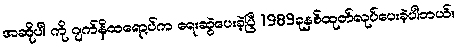
အဆိုပါ ကို ဂျက်နိထရော့ပ်က ရေးဆွဲပေးခဲ့ပြီ 1989ခုနှစ်ထုတ်လုပ်ပေးခဲ့ပါတယ်။